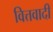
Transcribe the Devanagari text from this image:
वित्तवादी